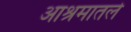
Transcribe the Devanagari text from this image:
आश्रमातले